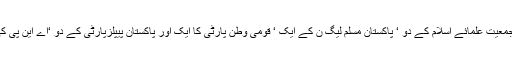
خیبرپختونخواہ سے پاکستان تحریک انصاف کے چار امیدواروں نے جبکہ جاعت اسلامی کے دو ‘ جمعیت علمائے اسلام کے دو ‘ پاکستان مسلم لیگ ن کے ایک ‘ قومی وطن پارٹی کا ایک اور پاکستان پیپلزپارٹی کے دو ‘اے این پی کی ایک اور چار آزاد امیدواروں نے سینیٹ کی سات جنرل نشستوں پر کاغذات نامزدگی جمع کرائے۔